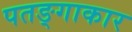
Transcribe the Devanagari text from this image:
पतङ्गाकार